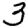
Digit: 3